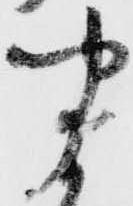
聞